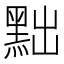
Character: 黜